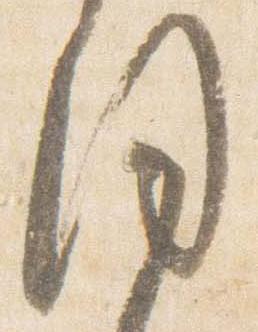
聞